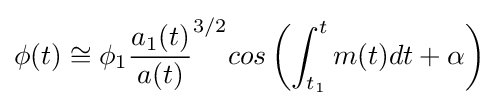
\phi (t)\cong \phi _{1}{\frac {a_{1}(t)}{a(t)}}^{3/2}cos\left(\int _{t_{1}}^{t}m(t)dt+\alpha \right)